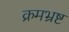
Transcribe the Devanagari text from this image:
क्रमभ्रष्ट